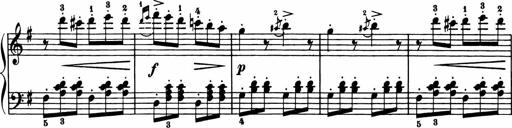
Title: 11 Sonatinas for Piano Solo
Composer: Anton Diabelli